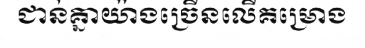
ជាន់គ្នាយ៉ាងច្រើនលើគម្រោង